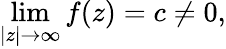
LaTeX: \operatorname*{lim}_{|z|\to\infty}f(z)=c\neq 0,